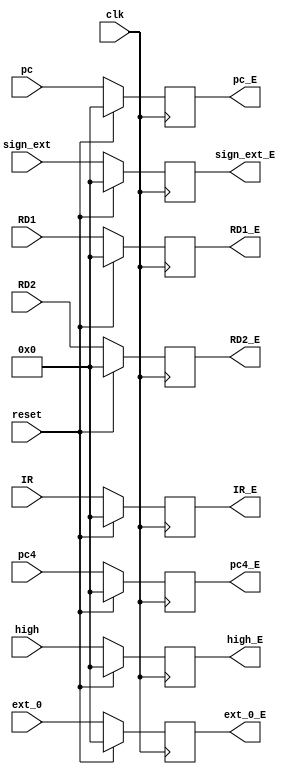
`timescale 1ns / 1ps
//////////////////////////////////////////////////////////////////////////////////
// Company: 
// Engineer: 
// 
// Design Name: 
// Module Name:    D_E 
// Project Name: 
// Target Devices: 
// Tool versions: 
// Description: 
//
// Dependencies: 
//
// Revision: 
// Revision 0.01 - File Created
// Additional Comments: 
//
//////////////////////////////////////////////////////////////////////////////////
module D_E(
    input clk,
    input reset,
    input [31:0] RD1,
    input [31:0] RD2,
    input [31:0] sign_ext,
    input [31:0] ext_0,
    input [31:0] high,
    input [31:0] pc,
    input [31:0] pc4,
    input [31:0] IR,
    output reg[31:0] RD1_E,
    output reg[31:0] RD2_E,
    output reg[31:0] sign_ext_E,
    output reg[31:0] ext_0_E,
    output reg[31:0] high_E,
    output reg[31:0] pc4_E,
    output reg[31:0] pc_E,
    output reg[31:0] IR_E
    );
    
    always@(posedge clk)
		begin
			if(reset)
				begin
					RD1_E <= 0;
					RD2_E <= 0;
					sign_ext_E <= 0;
					ext_0_E <= 0;
					high_E <= 0;
					pc_E <= 0;
					pc4_E <= 0;
					IR_E <= 0;
				end
			else
				begin
					RD1_E <= RD1;
					RD2_E <= RD2;
					sign_ext_E <= sign_ext;
					ext_0_E <= ext_0;
					high_E <= high;
					pc_E <= pc;
					pc4_E <= pc4;
					IR_E <= IR;
				end
		end
    
endmodule